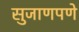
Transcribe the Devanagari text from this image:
सुजाणपणे